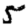
Digit: 5